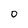
Character: o